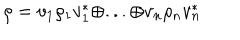
LaTeX: \rho = v _ { 1 } \rho _ { 1 } v _ { 1 } ^ { * } \oplus . . . \oplus v _ { n } \rho _ { n } v _ { n } ^ { * }